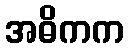
အဓိကက